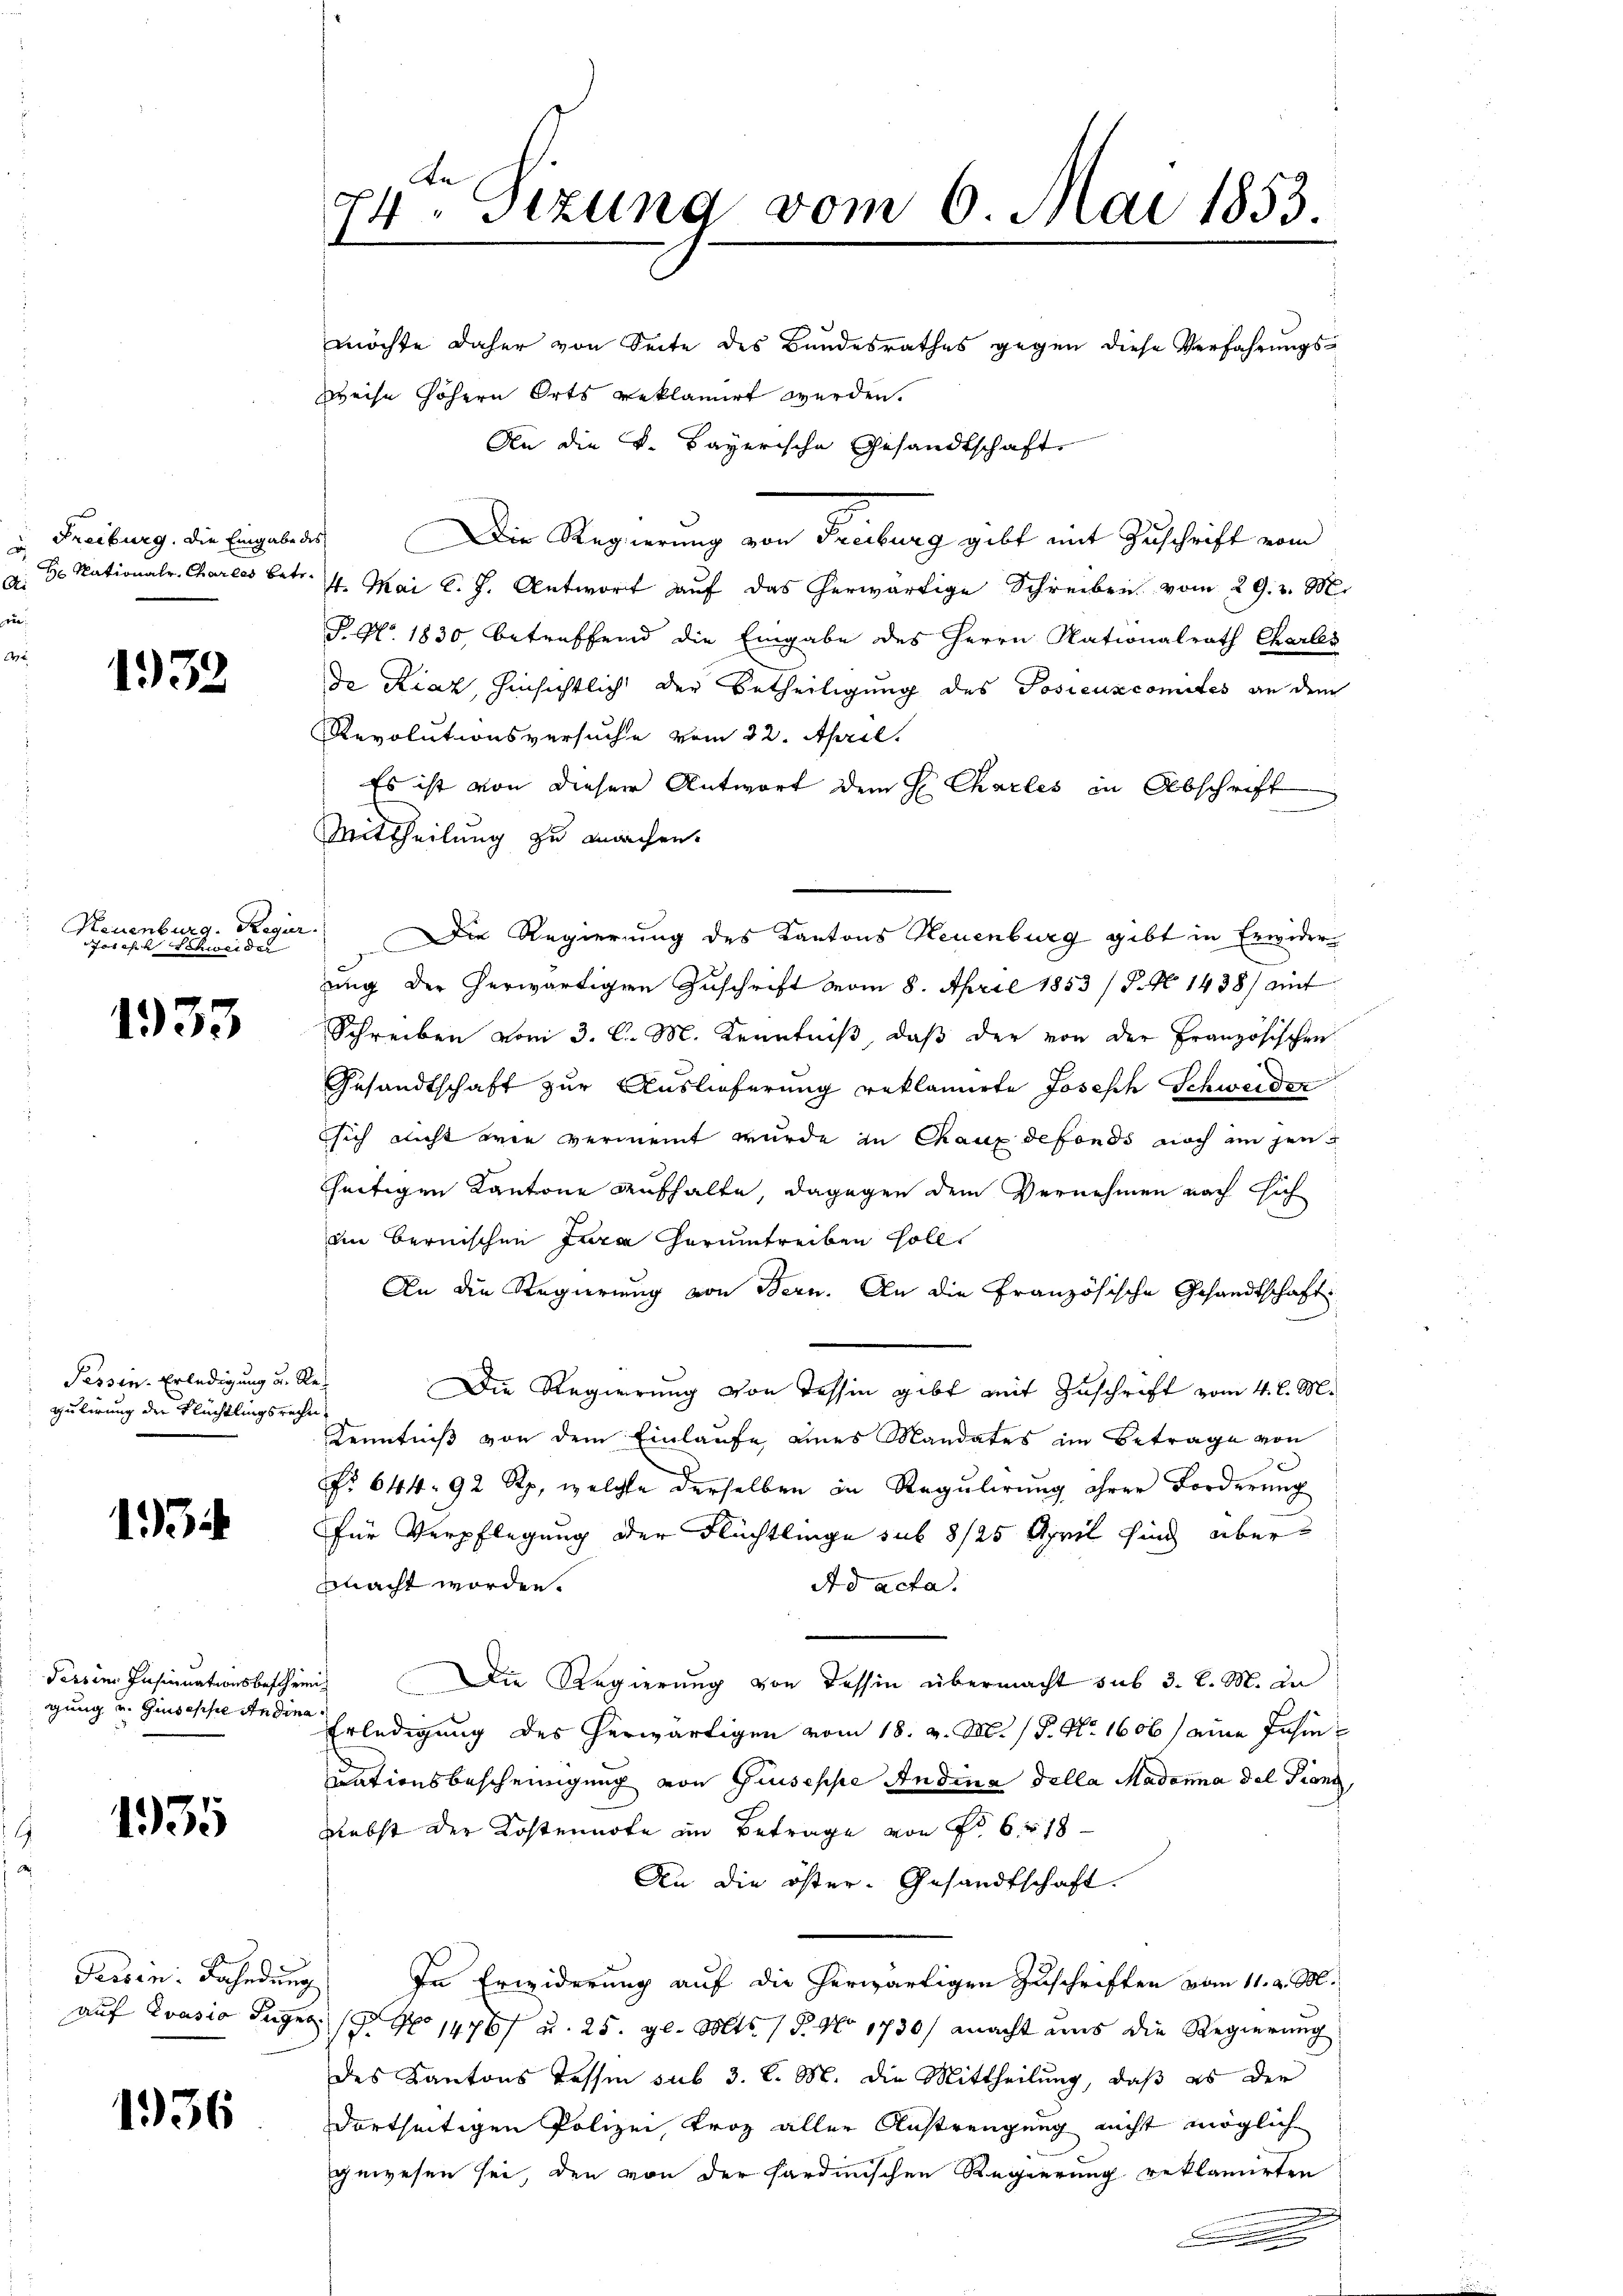
u. Freiburg. Die Eingabe des

1933

Neuenburg. Ragur.
horchen schweiden

1933

Tessin. Erledigung u. Re-
gulirung der Flüchtlingsreche

1

Tessin Insinuationsbeschreigung u. Ginsesse Andina

1935

Tassen: Bahndung

1956

Weise höhern Orts reklamirt werden.
An die v. Bayerische Gesandtschaft
Die Regierung von Freiburg gibt mit Zuschrift vom
d. H. Nationalr. Charces betr. 4. Mai l. J. Antwort auf das herwärtige Schreiben vom 29. v. M.
P.No. 1830, betreffend die Eingabe des Herrn Nationalrath Charles
da Kiaz, hinsichtlich der Betheiligung des Posicuscomites an dem
Revolutionsversuche vom 22. April.
Es ist von dieser Antwort dem H. Charles in Abschrift
Mittheilung zu machen.
Die Regierung des Kantons Neuenburg gibt in Erwider
ung der herwärtigen Zuschrift vom 8. April 1853 / P. No 1438) mit
Schreiben vom 3. l. M. Kenntniß, daß der von der Französischen
Gesandtschaft zur Auslieferung reklamirte Joseph Schweiden
sich nicht wie vermeint wurde in Chaux defonds noch in jen
hheitigen Kantone aufhalte, dagegen dem Vernehmen nach sich
im bernischen Jura herumtreiben solle
An die Regierung von Bern. An die Französische Gesandtschaft
Die Regierung von Tessin gibt mit Zuschrift vom 4. l. M.
Kenntniß von dem Einlaufe eines Mandates im Betrage von
No 644. 92 Rp., welche derselben in Regulirung ihrer Forderung
Für Verpflegung der Flüchtlinge sub 8/25 April sind übermacht worden.
Ad acta.
Die Regierung von Tessin übermacht sub 3. l. M. in
Erledigung des herwärtigen vom 18. v. M. / P. Nr. 1606 / eine Jahre
uationsbescheinigung von Giuseppe Andina della Madama del Franz
Lebst der Kostennote im Betrage von No 6 18
An die öster- Gesandtschaft.
In Erwiderung auf die herwärtigen Zuschriften vom 11. d. M.
auf Evasio Jugen. ( No 14767 u. 25. gl. Mts. 15. No 1730) macht uns die Regierung
des Kantons Tessin sub 3. l. M. die Mittheilung, daß es der
dortseitigen Polizei, Froz aller Anstrengung nicht möglich
gewesen sei, den von der sardinischen Regierung reklamirten

24ten Sizung vom 6. Mai 1853.

möchte daher von Seite des Bundesrathes gegen diese Verfahrungs¬